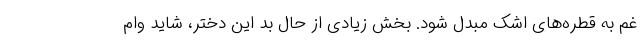
غم به قطره‌های اشک مبدل شود. بخش زیادی از حال بد این دختر، شاید وام